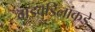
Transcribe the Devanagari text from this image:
वाडवडिलांकडे